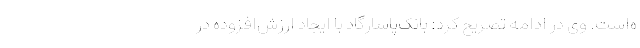
ه‌است. وی در ادامه تصریح کرد: بانک‌پاسارگاد با ایجاد ارزش‌افزوده در